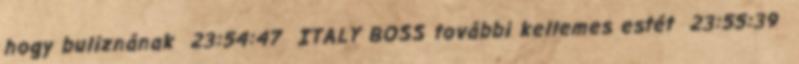
hogy buliznának 23:54:47 ITALY BOSS további kellemes estét 23:55:39